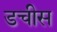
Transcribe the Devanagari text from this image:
डचीस